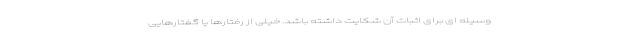
وسیله ای برای اثبات آن شکایت داشته باشد. خیلی از رفتارها یا گفتارهایی